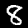
Label: 8